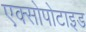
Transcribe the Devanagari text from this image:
एक्सोपोटाइड